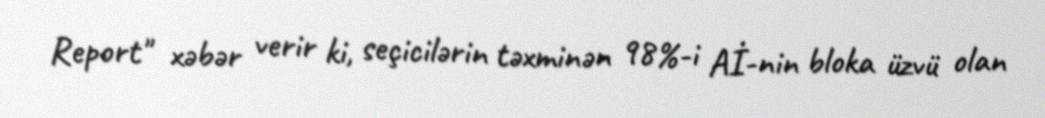
Report" xəbər verir ki, seçicilərin təxminən 98%-i Aİ-nin bloka üzvü olan